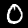
Digit: 0